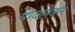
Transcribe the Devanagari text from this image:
मावलेकर